Paatsalu_vallavalitsus, lk 59
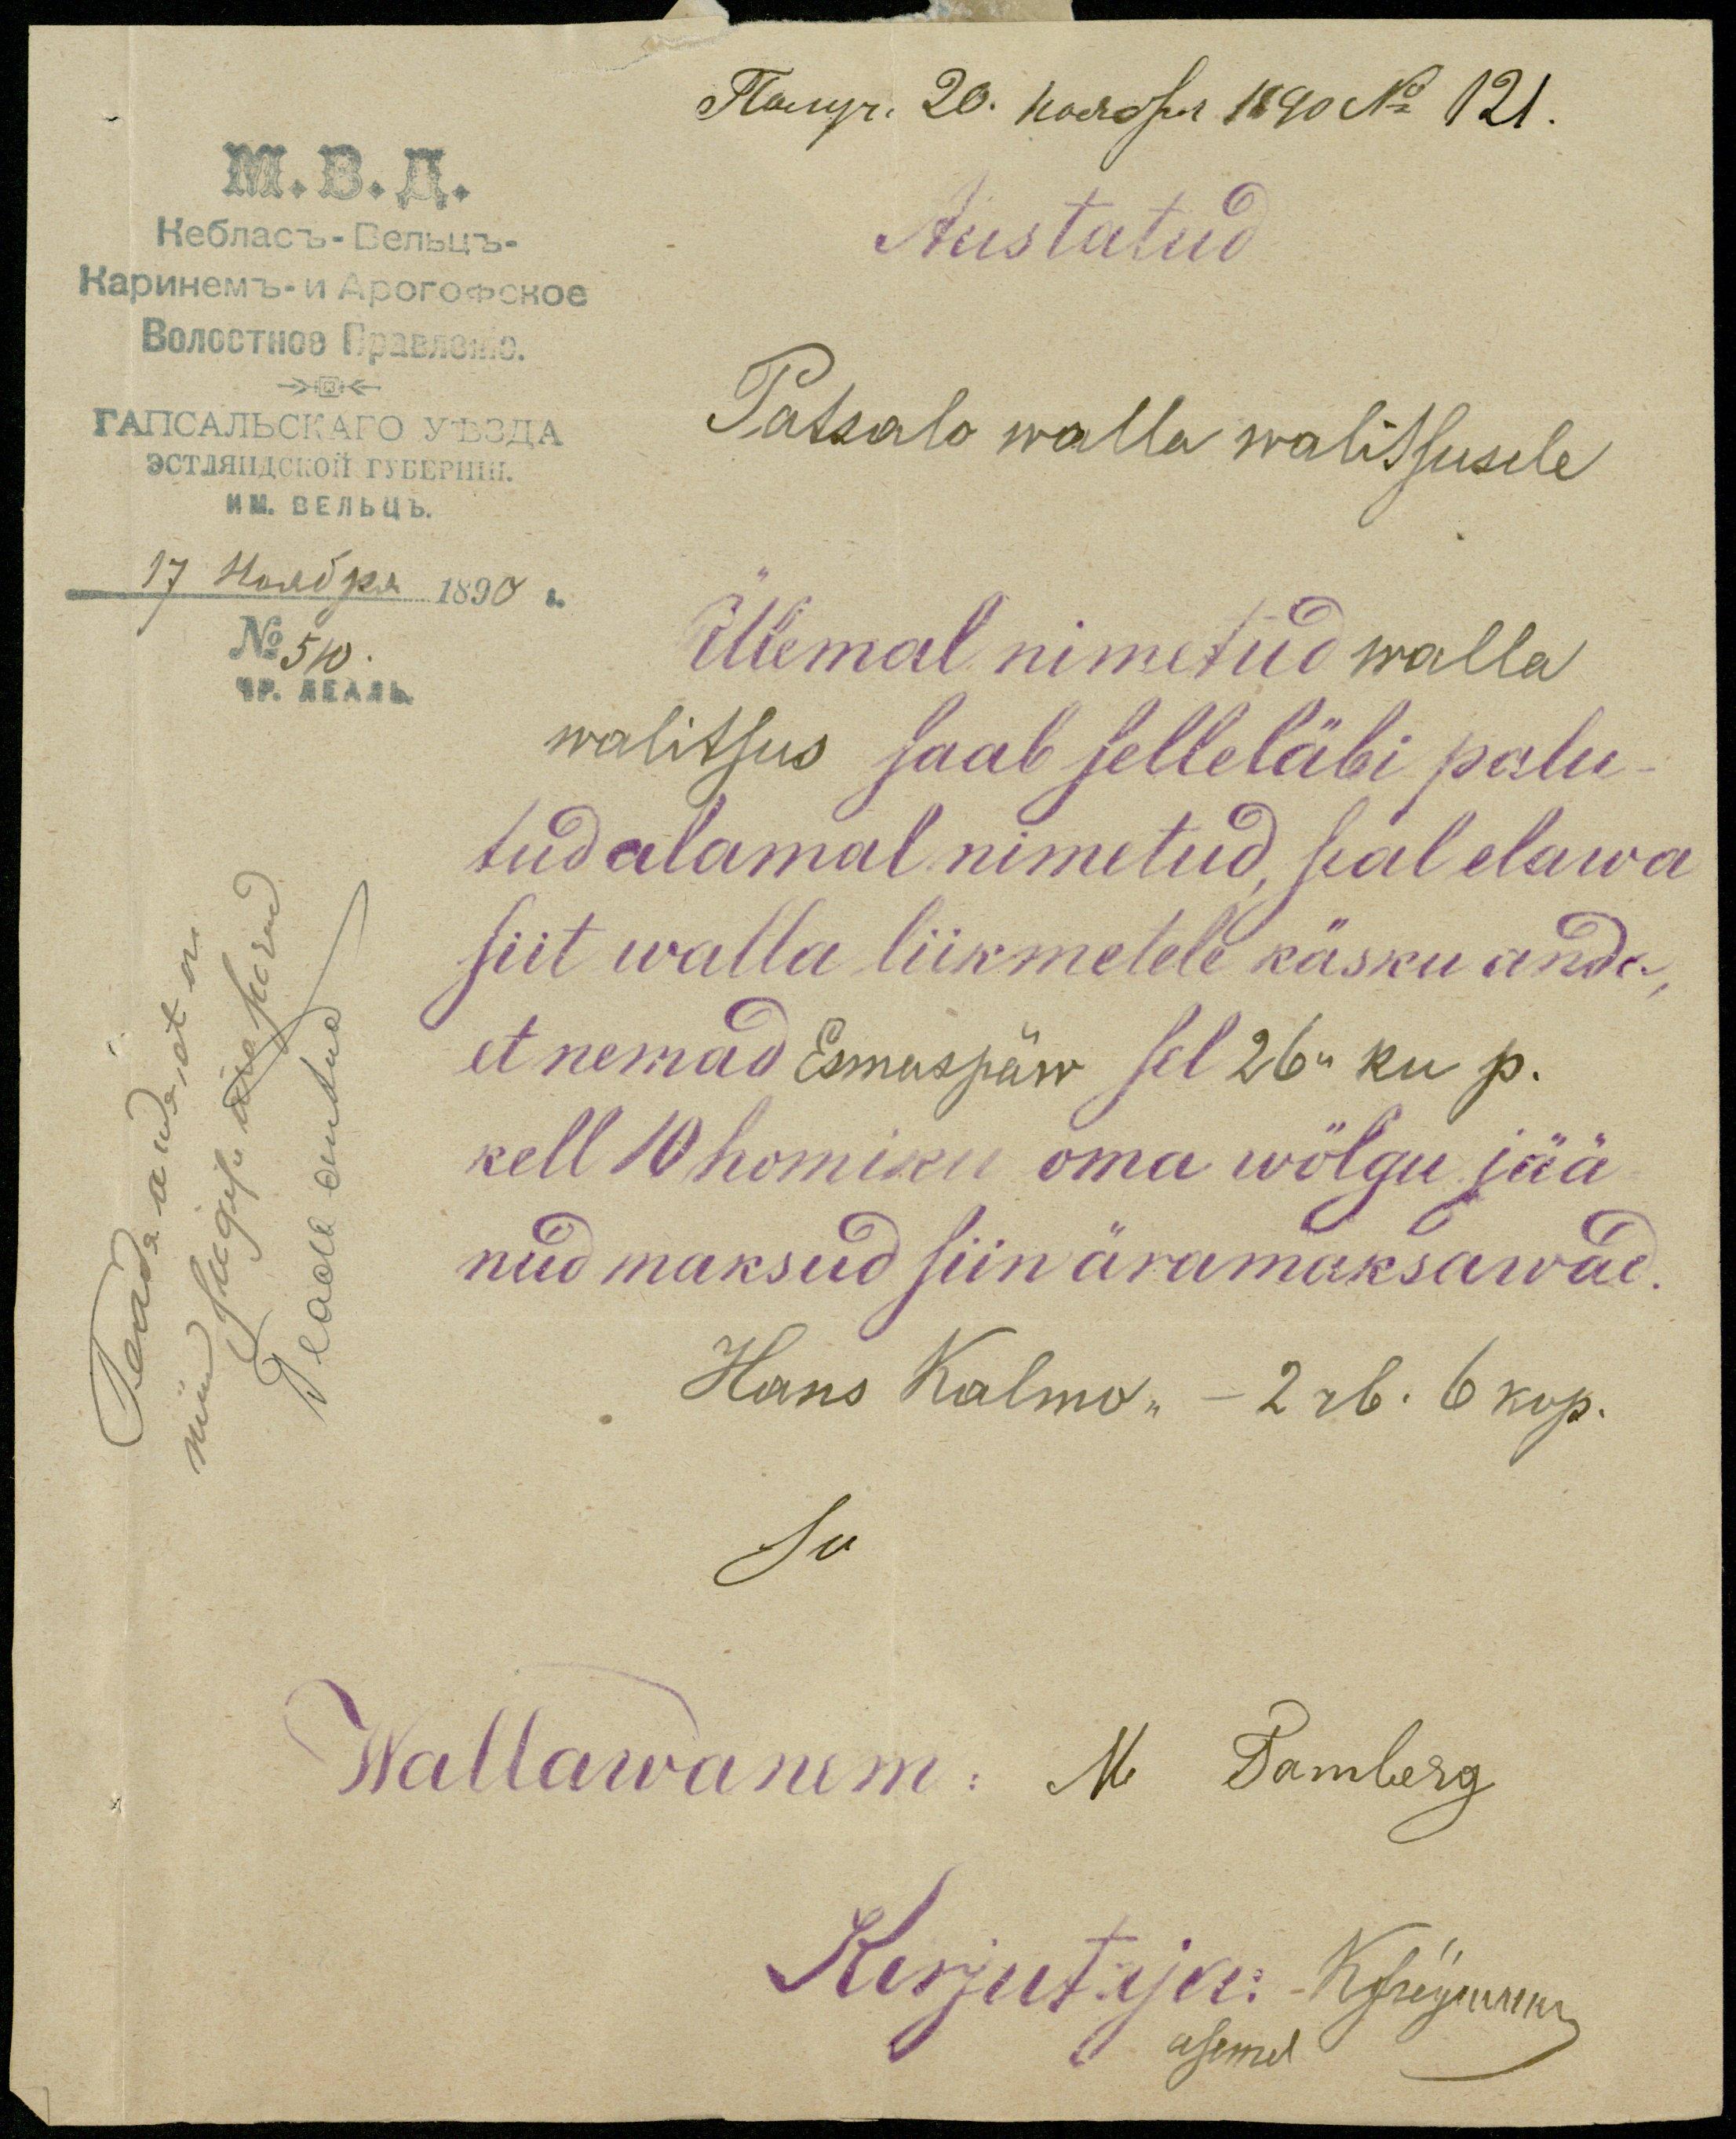
Austatud
Patsalo walla walitsusele
Ülemal nimetud walla
walitsus saab selleläbi palu-
tud alamal nimetud, seal elawa
siit walla liikmetele käsku anda,
et nemad Esmaspäw sel 26,, ku p.
kell 10 homiku oma wölgu jää
nud maksud siin äramaksawad.
Hans Kalmo,, - 2 rb. 6 kop.
Su
Wallawanem: M Tamberg
Kirjutaja: Kfreymann
asemel
Teada anda, et on
nüüd sügise ära surnd.
Teada antud